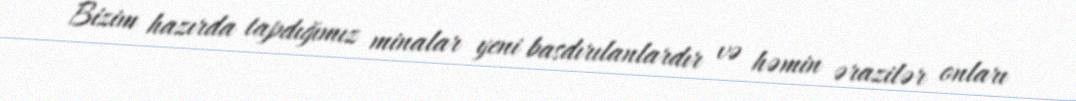
Bizim hazırda tapdığımız minalar yeni basdırılanlardır və həmin ərazilər onları